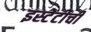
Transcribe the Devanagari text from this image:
इस्टेटीची